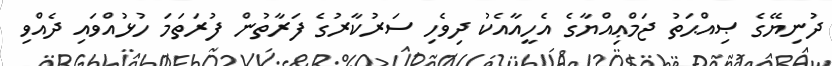
ދުނިޔޭގެ ޞިއްޙަތު ޖަމްޢިއްޔާގެ އެހީއާއެކު ދިވެހި ސަރުކާރުގެ ފަރާތުން ފުރަތަމަ ހުޅުއްވައި ދެއްްވި